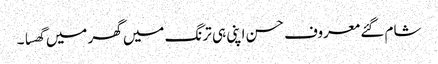
شام گئے معروف حسن اپنی ہی ترنگ میں گھر میں گھسا ۔